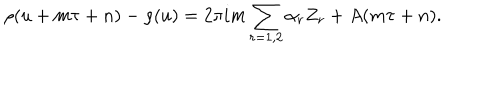
LaTeX: \rho ( u + m \tau + n ) - \rho ( u ) = 2 \pi i m \sum _ { r = 1 , 2 } \alpha _ { r } Z _ { r } + A ( m \tau + n ) .